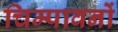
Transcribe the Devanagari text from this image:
चिम्पावनों